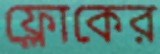
ফ্লোকের